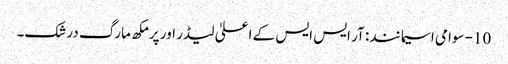
10- سوامی اسیما نند: آر ایس ایس کے اعلیٰ لیڈر اور پرمکھ مارگ درشک۔